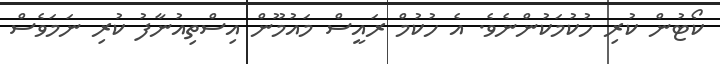
ކޯޓުން ކުރި ހުކުމަކުންނެވެ. އެ ހުކުމް ރައީސް މައުމޫން އިސްތިއުނާފު ކުރި ނަމަވެސް